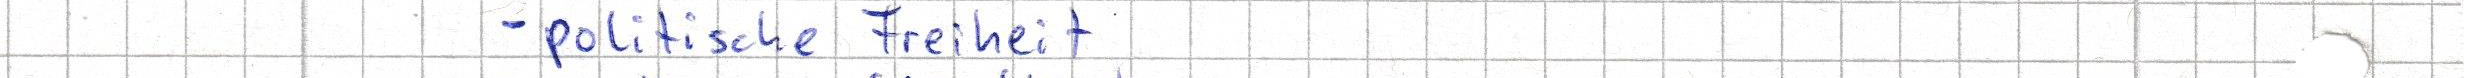
politische Freiheit